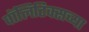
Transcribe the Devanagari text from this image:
पॉलिटिक्सच्या